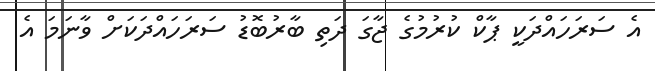
އެ ސަރަހައްދަކީ ޕާކް ކުރުމުގެ ޖާގަ ދަތި ބާރުބޮޑު ސަރަހައްދަކަށް ވާނަމަ އެ